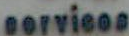
services